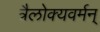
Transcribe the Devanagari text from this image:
त्रैलोक्यवर्मन्‌